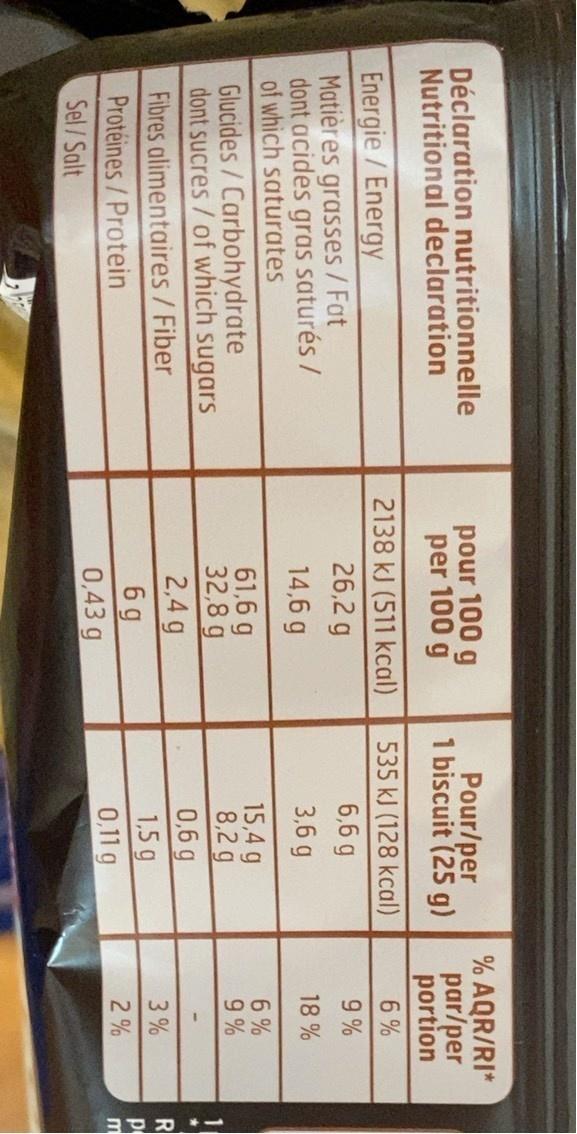
Déclaration nutritionnelle Nutritional declaration
pour 100 g per 100 g
Pour/per 1 biscuit (25 g)
% AQR/RI* par/per portion
2138 kJ (511 kcal)
535 kJ (128 kcal)
6 %
Energie/Energy Matières grasses/Fat dont acides gras saturés / of which saturates
26,2 g
6,6 g
9%
14,6 g
3,6 g
18 %
Glucides/Carbohydrate dont sucres/of which sugars Fibres alimentaires/Fiber Protéines/Protein
61,6 g 32,8 g 2,4 g
15,4 g 8,2 g 0,6 g 1,5 g 0,11 g
9 %
3%
6g 0,43 g
2%
Sel/Salt